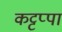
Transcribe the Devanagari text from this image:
कट्टप्पा